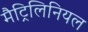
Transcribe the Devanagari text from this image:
मैट्रिलिनियल